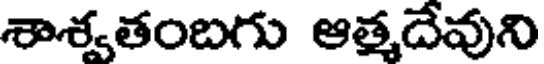
శాశ్వతంబగు ఆత్మదేవుని